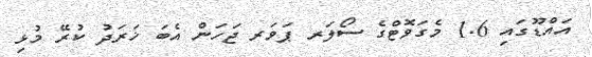
އައްޑޫގައި 1.6 މެގަވޮޓްގެ ސޯލަރ ޕަވަރ ޖަހަން އެބަ ޚަރަދު ކުރޭ މުޅި